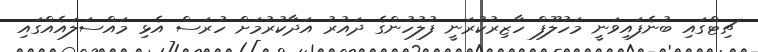
ޗިޓްގައި ބުނެފައިވަނީ މަހުލޫފް ހާޒިރުކުރަނީ ފުލުހުންގެ ދައުރު އަދާކުރުމަށް ހުރަސް އެޅި މައްސަލައެއްގައި